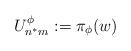
LaTeX: \begin{align*}U^\phi_{n^*m} := \pi_\phi(w)\end{align*}